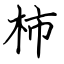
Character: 柿